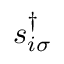
s _ { i \sigma } ^ { \dagger }